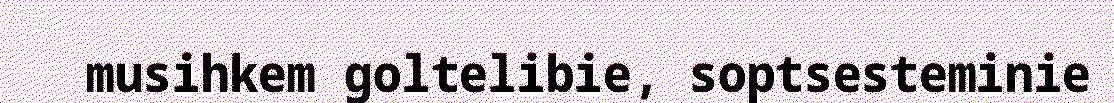
musihkem goltelibie, soptsesteminie